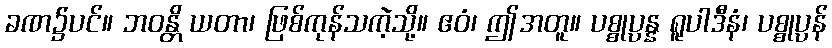
ခဏ၌ပင်။ ဘဝန္တိ ယတာ၊ ဖြစ်ကုန်သကဲ့သို့။ ဧဝံ၊ ဤအတူ။ ပစ္စုပ္ပန္န ရူပါဒီနံ၊ ပစ္စုပ္ပန်